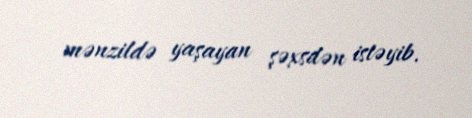
mənzildə yaşayan şəxsdən istəyib.